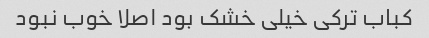
کباب ترکی خیلی خشک بود اصلا خوب نبود